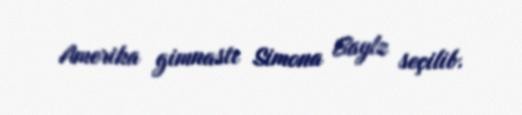
Amerika gimnastı Simona Baylz seçilib.